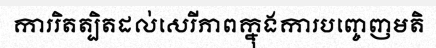
ការរិតត្បិតដល់សេរីភាពក្នុងការបញ្ចេញមតិ